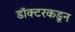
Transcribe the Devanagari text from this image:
डॉक्‍टरकडून